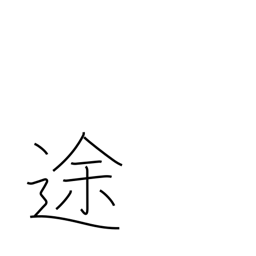
Meaning: route